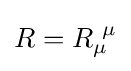
R=R_{\mu }^{~\mu }